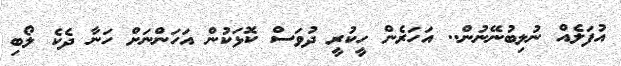
އުފަލެއް ނުލިބުނޭނުން.. އަހަރެން ހީކުރީ ދުވަސް ކޮޅަކުން އަހަންނަށް ހަނާ ދެކެ ލޯބި